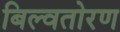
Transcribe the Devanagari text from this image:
बिल्वतोरण